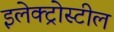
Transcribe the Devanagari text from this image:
इलेक्ट्रोस्टील